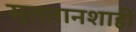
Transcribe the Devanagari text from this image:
सुलतानशाही